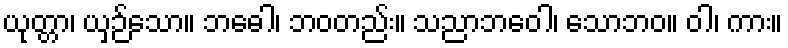
ယုတ္တာ၊ ယှဉ်သော။ ဘဓေါ၊ ဘဝတည်း။ သညာဘဝေါ၊ သောဘဝ။ ဝါ၊ ကား။